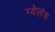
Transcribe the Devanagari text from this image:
ग्येलंच